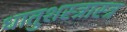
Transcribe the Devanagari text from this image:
धातुशस्त्रास्त्र